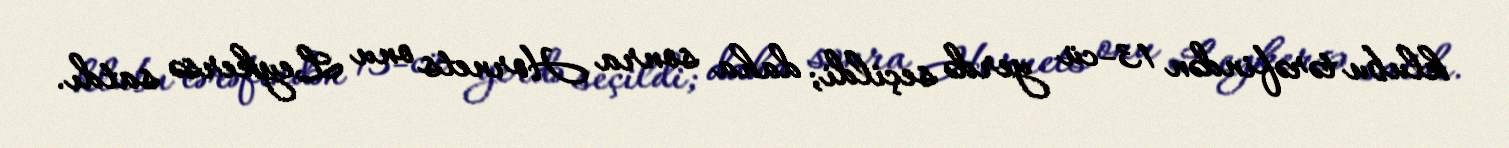
klubu tərəfindən 13-cü yerdə seçildi; daha sonra Hornets onu Leykersə satdı.